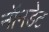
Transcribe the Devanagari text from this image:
नॉनडेट